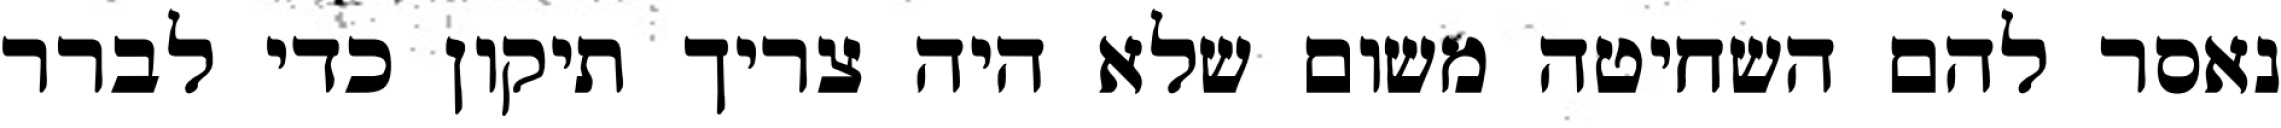
נאסר להם השחיטה משום שלא היה צריך תיקון כדי לברר